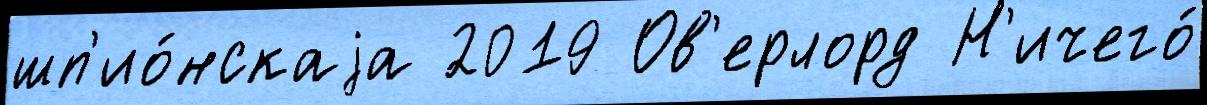
шп'ио́нскаjа 2019 Ов'ерлорд Н'ичего́